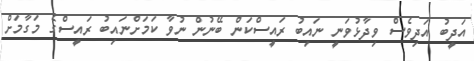
އަދީބު އަދިވެސް ވިދާޅުވަނީ ނައިބު ރައީސްކަން ބޭނުން ނުވާ ކަމަށްނައިބު ރައީސްގެ މަގާމަށް